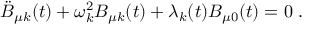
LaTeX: \ddot { B } _ { \mu k } ( t ) + \omega _ { k } ^ { 2 } B _ { \mu k } ( t ) + \lambda _ { k } ( t ) B _ { \mu 0 } ( t ) = 0 \; .